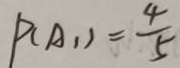
P ( A _ { 1 } ) = \frac { 4 } { 5 }